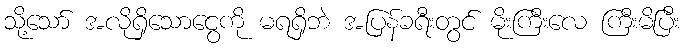
သို့သော် အလိုရှိသောငွေကို မရရှိဘဲ အပြန်ခရီးတွင် မိုးကြီးလေ ကြီးမိပြီး